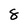
Character: 8